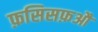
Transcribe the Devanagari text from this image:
फ़सिसफ़औ